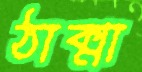
ঠাক্মা